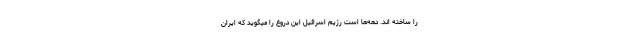
را ساخته اند. دهه‌ها است رژیم اسرائیل این دروغ را میگوید که ایران